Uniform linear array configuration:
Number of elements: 32
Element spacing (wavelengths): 0.25
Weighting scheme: kaiser
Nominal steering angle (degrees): -45
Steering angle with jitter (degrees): -45.952
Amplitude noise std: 0.05
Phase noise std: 0.05

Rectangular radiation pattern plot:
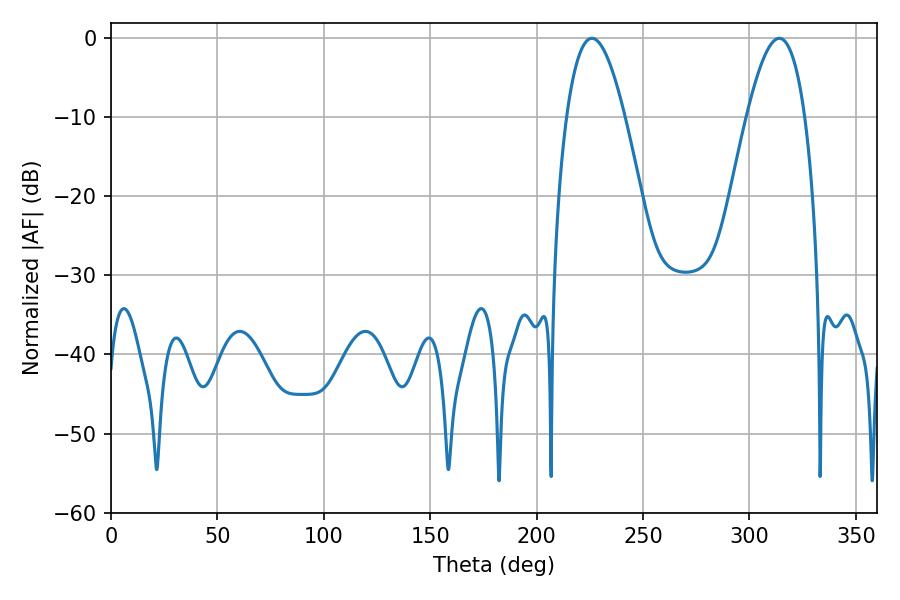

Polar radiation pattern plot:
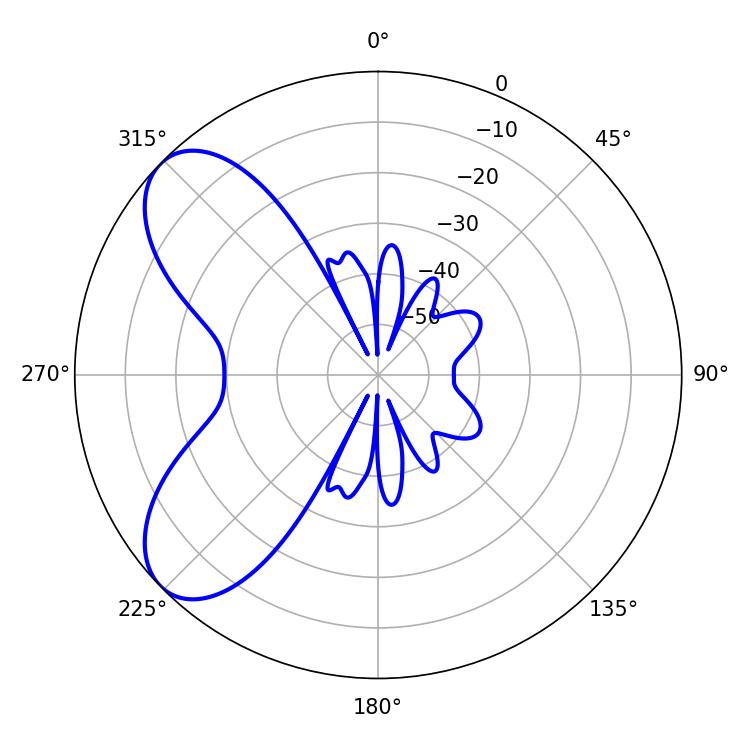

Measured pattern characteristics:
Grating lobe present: FALSE
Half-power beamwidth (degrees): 14.94
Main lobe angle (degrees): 225.9